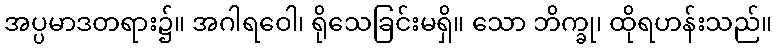
အပ္ပမာဒတရား၌။ အဂါရဝေါ၊ ရိုသေခြင်းမရှိ။ သော ဘိက္ခု၊ ထိုရဟန်းသည်။